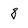
Character: 8